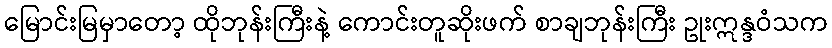
မြောင်းမြမှာတော့ ထိုဘုန်းကြီးနဲ့ ကောင်းတူဆိုးဖက် စာချဘုန်းကြီး ဥုးဣန္ဒဝံသက